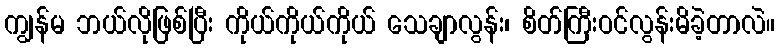
ကျွန်မ ဘယ်လိုဖြစ်ပြီး ကိုယ်ကိုယ်ကိုယ် သေချာလွန်း၊ စိတ်ကြီးဝင်လွန်းမိခဲ့တာလဲ။